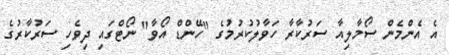
އެ އެންމެން ސޯމާލިއާ ސަރުކާރާ ހަވާލުކުރުމުގެ "ހޭންޑް އޯވާ" ނޯޓްގައި ދިވެހި ސަރުކާރުގެ